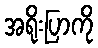
အရိုးပြာကို